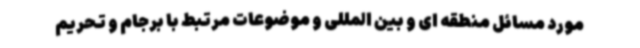
مورد مسائل منطقه ای و بین المللی و موضوعات مرتبط با برجام و تحریم